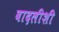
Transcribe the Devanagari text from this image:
बादलीशी